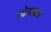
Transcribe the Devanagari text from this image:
घोरावल